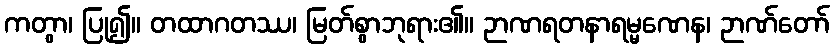
ကတွာ၊ ပြု၍။ တထာဂတဿ၊ မြတ်စွာဘုရား၏။ ဉာဏရတနာရမ္မဏေန၊ ဉာဏ်တော်